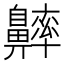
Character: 𪖶